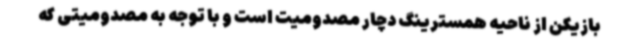
بازیکن از ناحیه همسترینگ دچار مصدومیت است و با توجه به مصدومیتی که